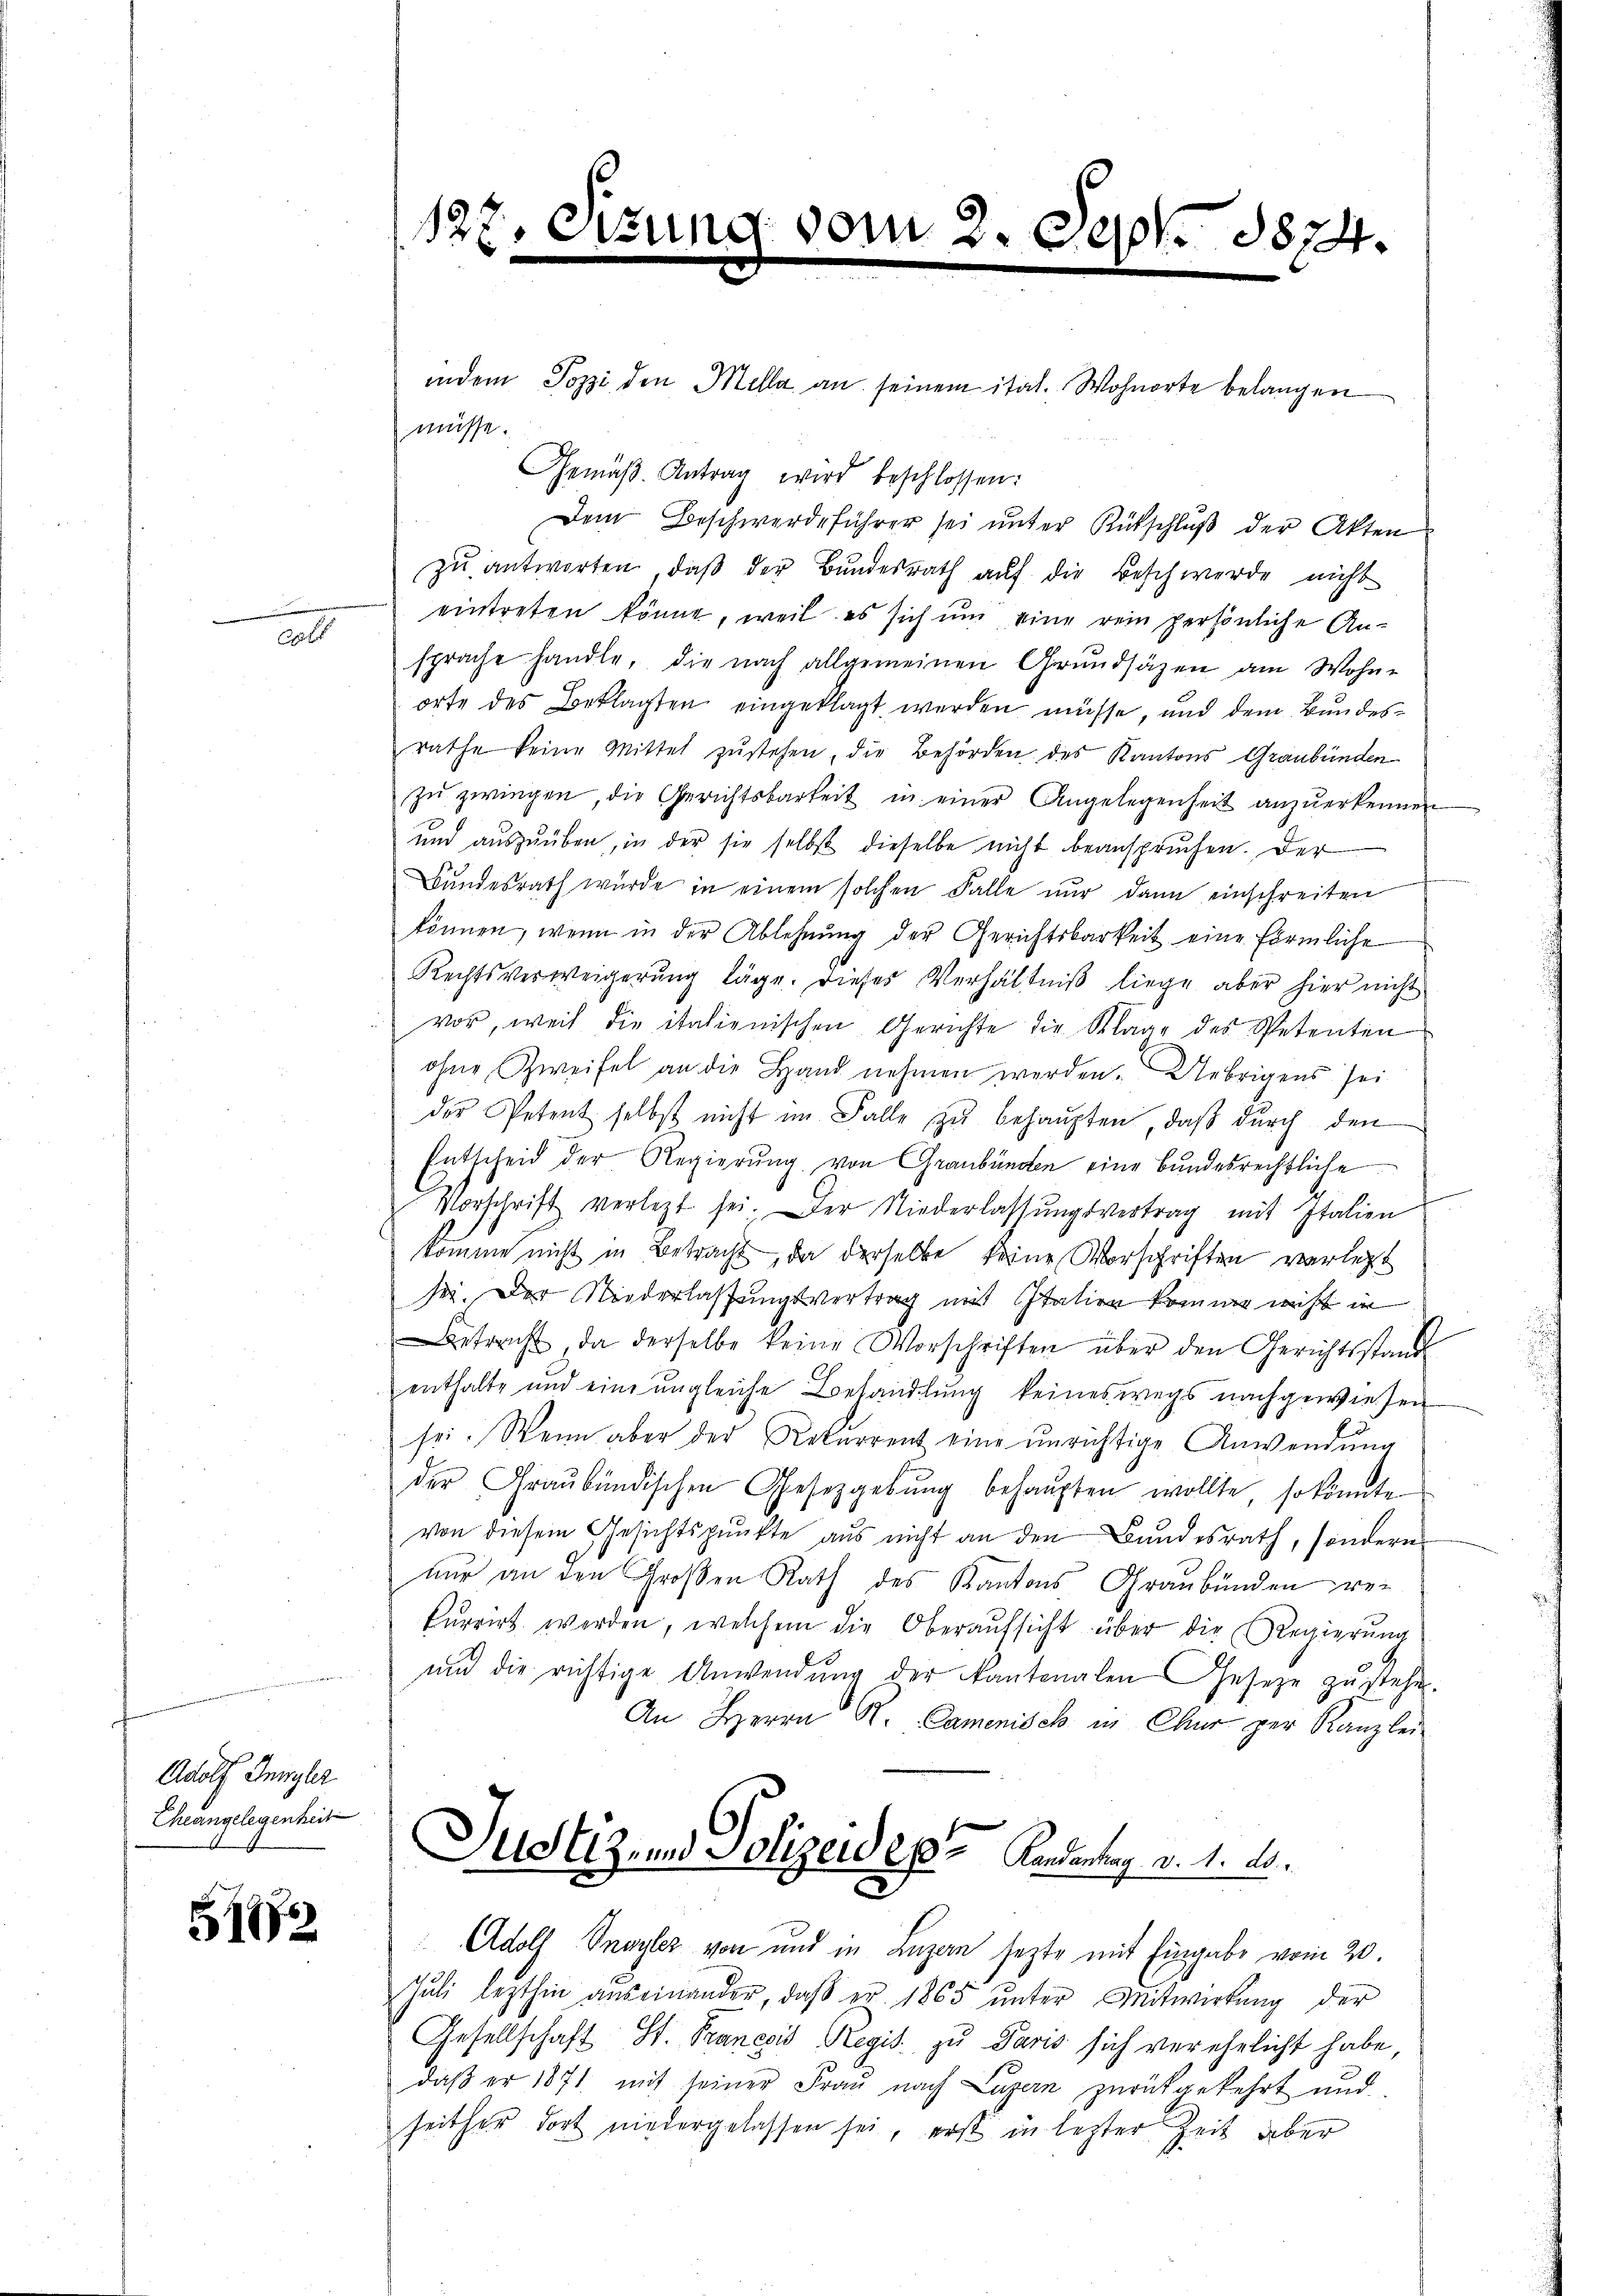
Adolf Hungler
Cheangelegenheit

51

l

127. St

vom 2. C. c. 1874.

indem Pozzi den Mella an seinem ital. Wohnorte belangen
müsse.
Gemäβ. Antrag wird beschlossen:
Dem Beschwerdeführer sei unter Rütschluß der Akten
zu antworten, daß der Bundesrath auf die Beschwerde nicht
eintreten könne, weil es sich um eine rein persönliche An-
sprache handle, die nach allgemeinen Grundsätzen am Wohn-
orte des Beklagten eingeklagt werden müsse, und dem Bundesrathe keine Mittel zŭstehen, die Behörden des Kantons Graubünden
zŭ zwingen, die Gerichtsbarkeit in einer Angelegenheit anzŭerkennen
und auszuüben, in der sie selbst dieselbe nicht beanspruchen. Der
Bundesrath wurde in einem solchen Falle nur dann einschreiten
können, wenn in der Ablehnung der Gerichtsbarkeit eine förmliche
Rechtsverweigerŭng läge. Dieses Verhältniß liege aber hier nicht
vor, weil die italienischen Gerichte die Klage des Spetenten
ohne Zweifel an die Hand nehmen werden. Uebrigens sei
der Petent selbst nicht im Falle zu behaupten, daß durch den
Entscheid der Regierung von Graubünden eine bundesrechtliche
Vorschrift verletzt sei. Der Niederlassŭngsvertrag mit Italien
komme nicht in Betracht, da derselbe keine Vorschriften verlegt
sei. Der Niederlassungsvertrag mit Station komme wicht in
etracht, da derselbe keine Vorschriften über den Gerichtsstand
enthalte und eine ungleiche Behandlung keineswegs nachgewiesen
sei. Wenn aber der Rekurrent eine unrichtige Anwendung
der Graubündischen Gesetzgebung behaupten wollte, so könnte
von diesem Gesichtspunkte aus nicht an den Bundesrath, sondern
nur an den Großen Rath des Kantons Graubünden wekurrirt werden, welchem die Oberaufsicht über die Regierung
und die richtige Anwendŭng der Kantonalen Geseze zŭ stehen.
An Herrn N. Camenisch in Chur per Kanzlei
Justiz und Polizeides Kandentrag v. 1. ds.

Adolf Dnayler von und in Luzern sezte mit Eingabe vom 20.

Jŭli lezthin auseinander, daβ er 1865 ŭnter Mitwirkung der
Gesellschaft St. Pranesis Regis zu Paris sich verehelicht habe,
daβ er 1871 mit seiner Frau nach Luzern zurückgekehrt und
seither dort niedergelassen sei, erst in lezter Zeit aber